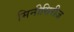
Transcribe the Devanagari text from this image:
मिनीसिरीज